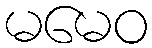
မမေဝ